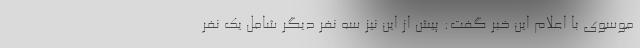
موسوی با اعلام این خبر گفت: پیش از این نیز سه نفر دیگر شامل یک نفر